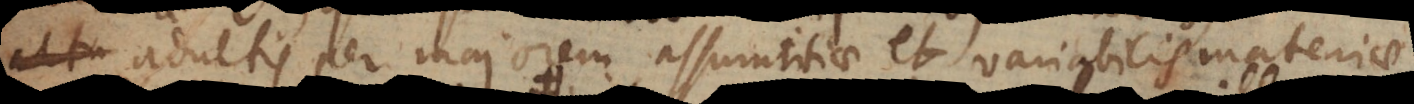
adultis per majorem assumtitiae et variabilis materiae